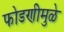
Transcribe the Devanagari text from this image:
फोडणीमुळे